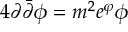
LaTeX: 4 \partial \bar { \partial } \phi = m ^ { 2 } e ^ { \varphi } \phi